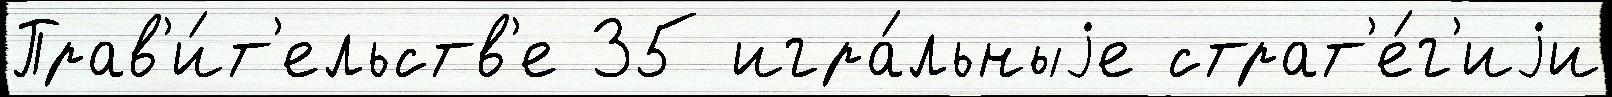
Прав'и́т'ельств'е 35 игра́льныjе страт'е́г'иjи